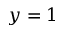
y = 1